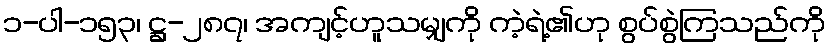
၁-ပါ-၁၅၃၊ ဋ္ဌ-၂၈၇၊ အကျင့်ဟူသမျှကို ကဲ့ရဲ့၏ဟု စွပ်စွဲကြသည်ကို